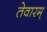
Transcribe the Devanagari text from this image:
तेवारम्‌